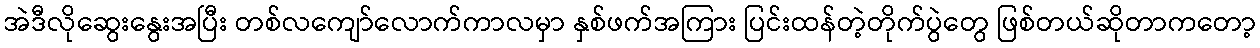
အဲဒီလိုဆွေးနွေးအပြီး တစ်လကျော်လောက်ကာလမှာ နှစ်ဖက်အကြား ပြင်းထန်တဲ့တိုက်ပွဲတွေ ဖြစ်တယ်ဆိုတာကတော့